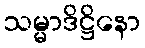
သမ္မာဒိဋ္ဌိနော